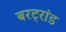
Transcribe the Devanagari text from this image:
बरट्रांड